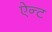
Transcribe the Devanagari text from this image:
ऐन्ट